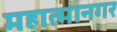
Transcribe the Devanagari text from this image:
महात्मानगर